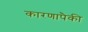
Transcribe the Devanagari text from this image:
कारणापैकी